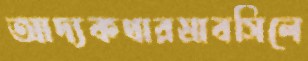
আদ্যকথারস্রাবসিলে